Civil Veterinary Dept. North-West Frontier Province 1923-32 - 1923-1932
Year: 1923
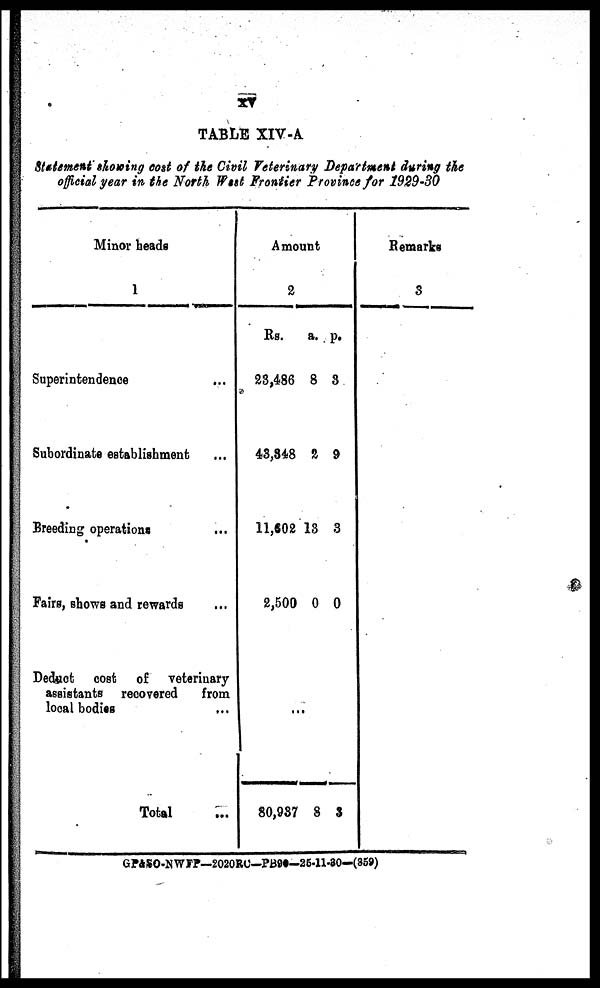
xv
TABLE XIV-A.
Statement showing cost of the Civil Veterinary Department during the
official year in the North West Frontier Province for 1929-30
Minor beads
1
Superintendence...
Subordinate establishment ...
Breeding operations
...
Fairs, shows and rewards
Deduct cost of veterinary
assistants recovered
from
local bodies...
Total ...
Amount
2
Rs.
23,486
43,348
11,602
2,500
80,937
a.
8
2
13
0
8
p.
8
9
3
0
3
Remarks
3
GP&SO-NWFP—2020RC—PB90-25-11-30—(859)